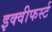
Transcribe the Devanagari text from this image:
इक्वीफर्स्ट